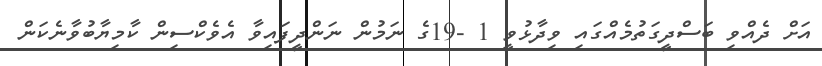
އަށް ދެއްވި ބަސްދީގަތުމެއްގައި ވިދާޅުވީ 1 -19ގެ ނަމުން ނަންދީފައިވާ އެވެކްސިން ކާމިޔާބުވާނެކަން